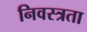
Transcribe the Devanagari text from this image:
निवस्त्रता